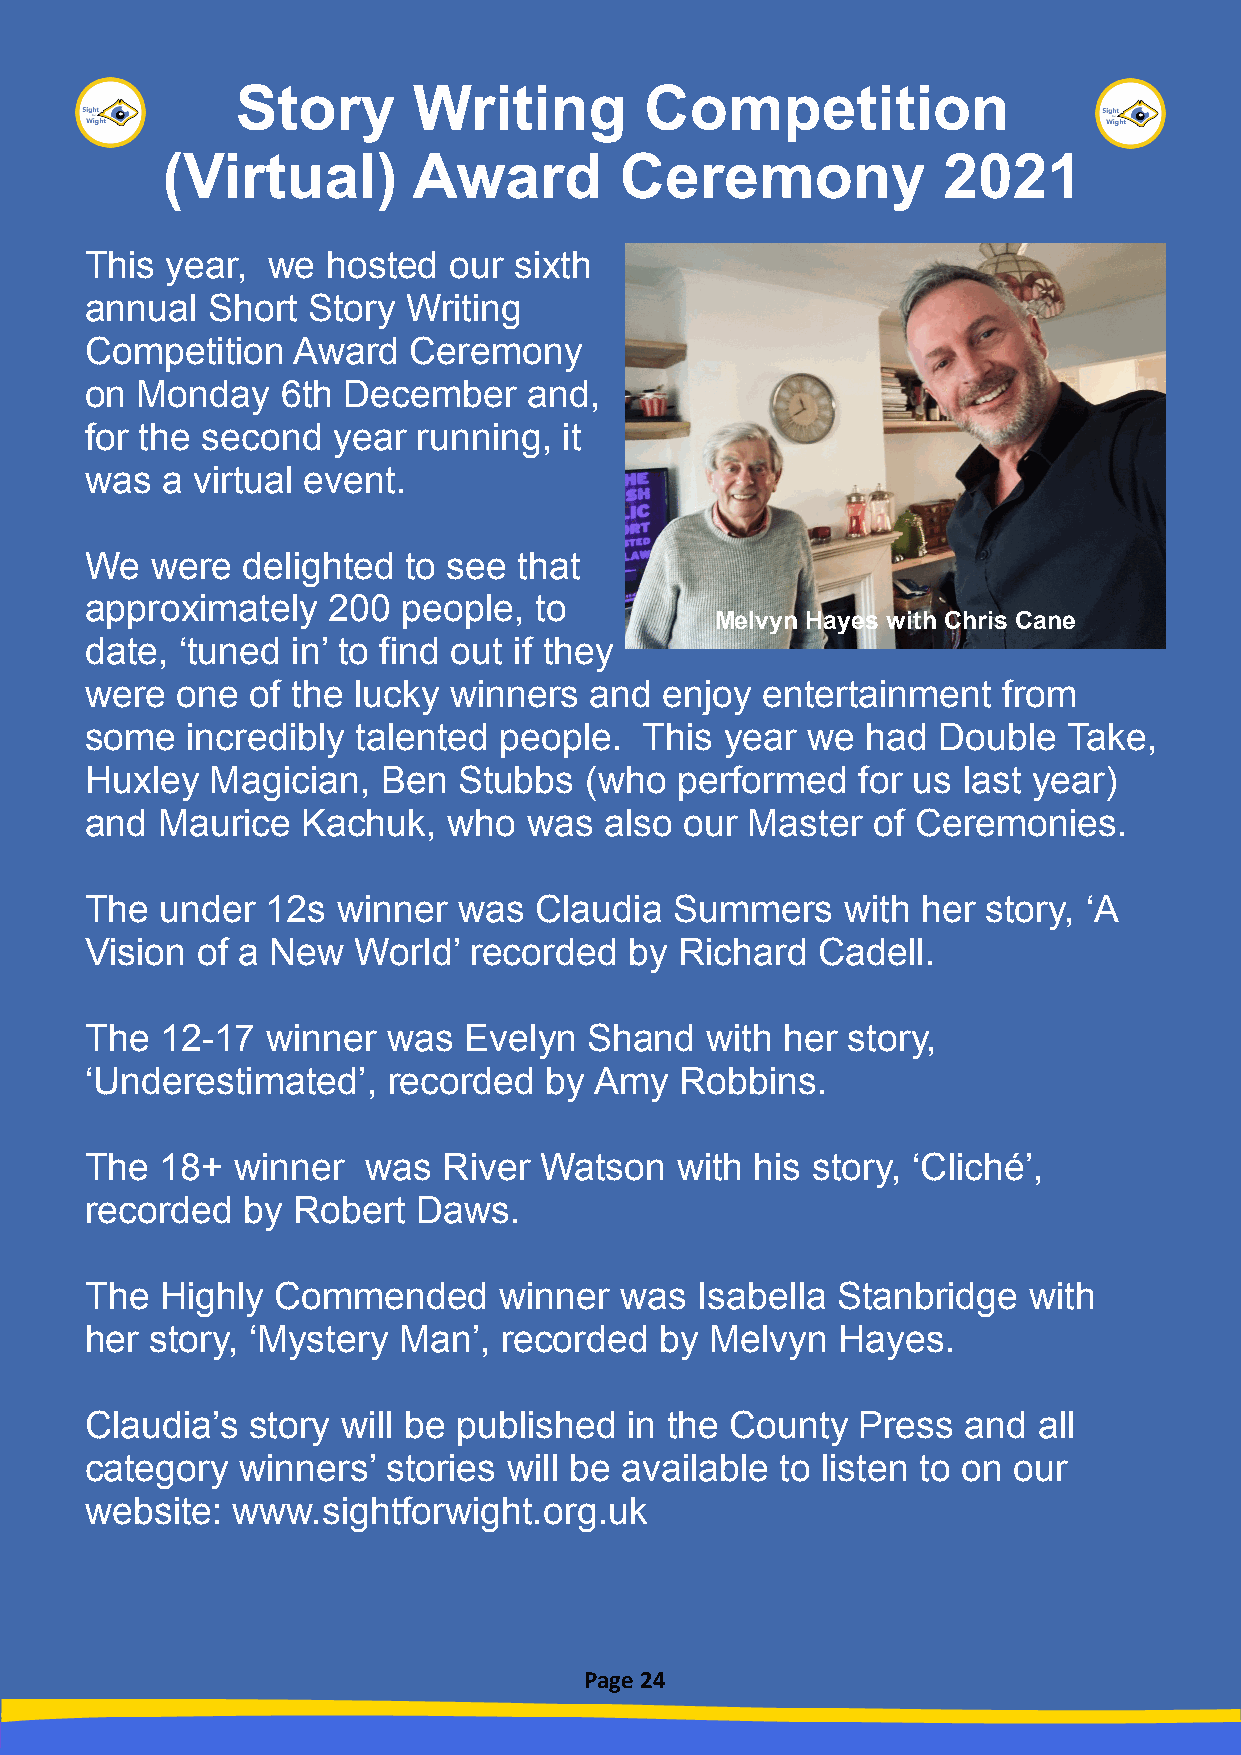
Story      Writing         Competition
 (Virtual)       Award         Ceremony             2021
 This year,  we  hosted  our sixth
 annual  Short Story  Writing
 Competition  Award   Ceremony
 on Monday    6th December    and,
 for the second  year  running, it
 was  a virtual event.
 We  were  delighted  to see that
 approximately   200  people, to
 Melvyn Hayes with Chris Cane
 date, ‘tuned in’ to find out if they
 were  one  of the lucky winners  and  enjoy entertainment   from
 some  incredibly  talented people.   This year we  had  Double   Take,
 Huxley  Magician,  Ben  Stubbs   (who  performed   for us last year)
 and Maurice   Kachuk,   who  was  also our Master   of Ceremonies.
 The  under  12s winner  was  Claudia   Summers    with her story, ‘A
 Vision of a New  World’  recorded   by Richard  Cadell.
 The  12-17  winner  was  Evelyn  Shand   with her story,
 ‘Underestimated’,   recorded  by Amy   Robbins.
 The  18+  winner  was  River  Watson   with his story, ‘Cliché’,
 recorded  by Robert   Daws.
 The  Highly Commended      winner  was  Isabella Stanbridge   with
 her story, ‘Mystery Man’,  recorded   by Melvyn   Hayes.
 Claudia’s  story will be published in the County   Press  and  all
 category  winners’  stories will be available to listen to on our
 website: www.sightforwight.org.uk
 Page 24